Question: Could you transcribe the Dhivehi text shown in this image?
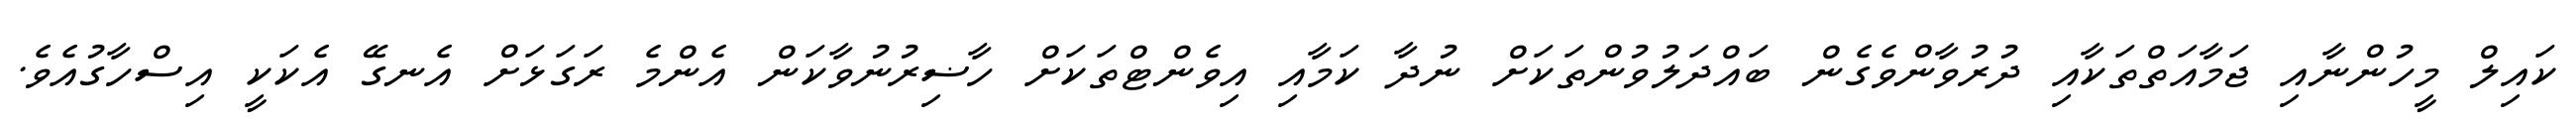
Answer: ކައިލް މީހުންނާއި ޖަމާއަތްތަކާއި ދުރުވާންވެގެން ބައްދަލުވުންތަކަށް ނުދާ ކަމާއި އިވެންޓްތަކަށް ހާޟިރުނުވާކަން އެންމެ ރަގަޅަށް އެނގޭ އެކަކީ އިސްހާގުއެވެ.